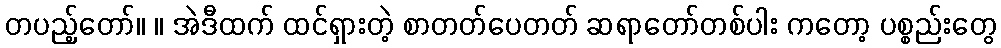
တပည့်တော်။ ။ အဲဒီထက် ထင်ရှားတဲ့ စာတတ်ပေတတ် ဆရာတော်တစ်ပါး ကတော့ ပစ္စည်းတွေ